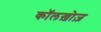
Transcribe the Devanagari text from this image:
कॉलख़ोज़